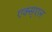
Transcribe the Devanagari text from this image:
एक्स्एल